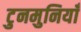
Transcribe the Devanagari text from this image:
टुनमुनियाँ